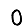
Digit: 0